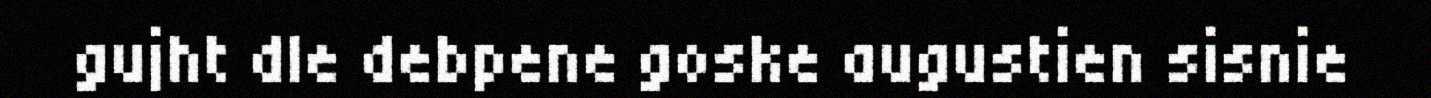
gujht dle debpene goske augustien sisnie